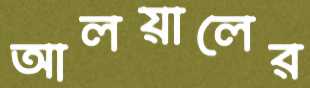
আলয়ালের